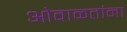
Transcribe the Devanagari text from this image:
ओवाळतांना